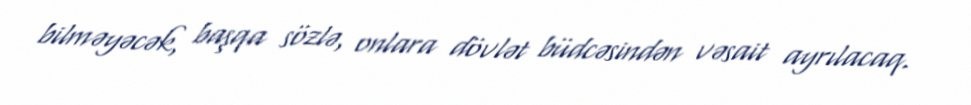
bilməyəcək, başqa sözlə, onlara dövlət büdcəsindən vəsait ayrılacaq.